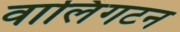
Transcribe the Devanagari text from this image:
वालिंगटन